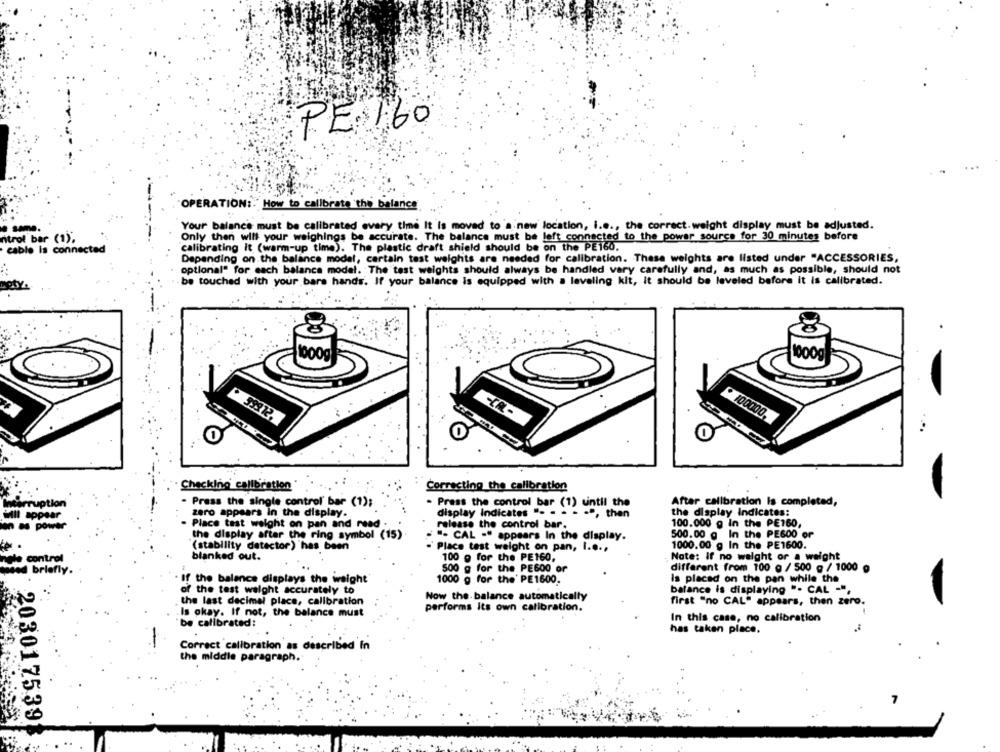
PE 160
"OPERATION :. How to calibrate 'the balance
Your balance must be calibrated every time It is moved to a new location, i.e ., the correct. weight display must be adjusted.
ntrol bar (
Only then will your weighings be accurate. The balance must be left connected to the power source for 30 minutes before
calibrating it (warm-up time). The plastic draft shield should be on the PE160.
cable is connected
Depending on the balance model, certain test weights are needed for calibration. These weights are listed under "ACCESSORIES,
optional" for each balance model. The test weights should always be handled very carefully and, as much as possible, should not
be touched with your bare hands. If your balance is equipped with a leveling kit, it should be leveled before it is calibrated.
Boty
.
1000g
1000g
100000.
99312.
Checking calibration
Correcting the calibration
- Press the single control' bar (1);
. Press the control bar (1) until the
After calibration is completed,
the display indicates:
zero appears in the display.
display indicates "- - - - . ", then
- Place test weight on pan and read
release the control bar.
100.000 g In the PE160,
the display after the ring symbol (15)
500.00 g In the PE600 or
"- CAL -" appears In the display.
(stability detector) has been
Place test weight on pan, I ...,
1000.00 g In the PE1600.
blanked out.
100 g for the PE160,
Note: If no weight or a weight
500 g for the PE600 or
different from 100 g / 500 g / 1000 g
. If the balance displays the weight
1000 g for the' PE1600.
is placed on the pan while the
of the test weight accurately to
balance is displaying ". CAL -",
the last decimal place, calibration
Now the balance automatically
first "no CAL" appears, then zero.
performs Its own calibration.
Is okay. If not, the balance must
be calibrated:
In this case, no calibration
has taken place.
Correct calibration as described In
the middle paragraph.
203017539